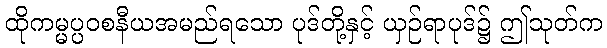
ထိုကမ္မပ္ပဝစနီယအမည်ရသော ပုဒ်တို့နှင့် ယှဉ်ရာပုဒ်၌ ဤသုတ်က